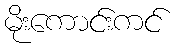
မိုးကောင်းကင်